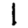
Digit: 1